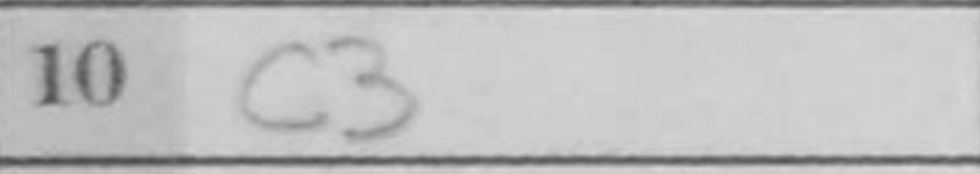
Transcription: c3